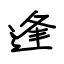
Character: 逢